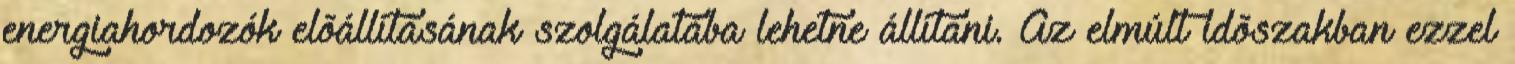
energiahordozók elõállításának szolgálatába lehetne állítani. Az elmúlt idõszakban ezzel